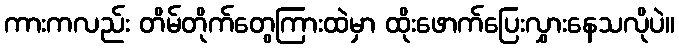
ကားကလည်း တိမ်တိုက်တွေကြားထဲမှာ ထိုးဖောက်ပြေးလွှားနေသလိုပဲ။